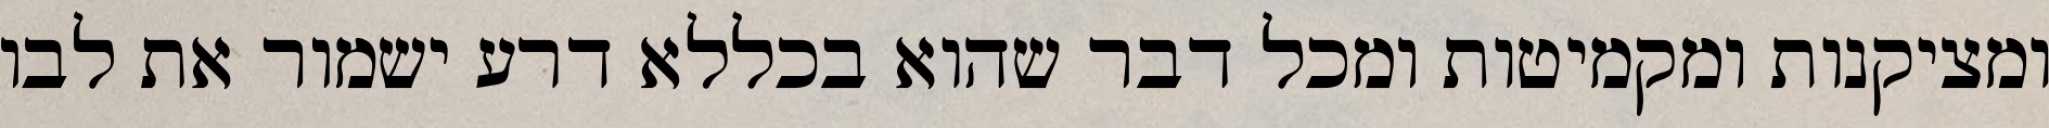
ומציקנות ומקמיטות ומכל דבר שהוא בכללא דרע ישמור את לבו